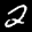
Label: 2